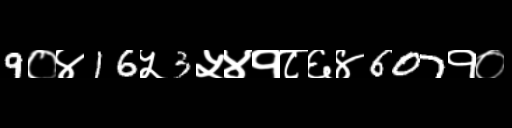
Text: 9०४16५3५४१८६४607१०